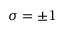
\sigma = \pm 1